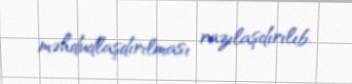
məhdudlaşdırılması razılaşdırılıb.